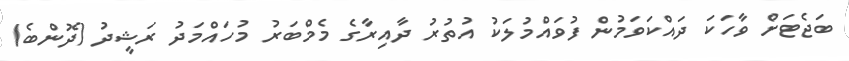
ބަޖެޓަށް ވާހަކަ ދައްކަވަމުން ފުވައްމުލަކު އުތުރު ދާއިރާގެ މެމްބަރު މުހައްމަދު ރަޝީދު (ދޮންބެ)